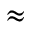
\approx